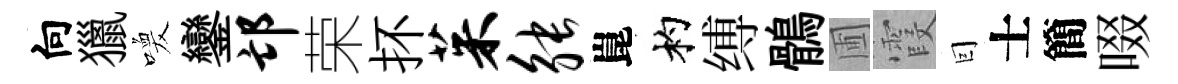
向獵喚鑾邙荣抔茱觖崑杓缚鶻圃霞囙士簡啜